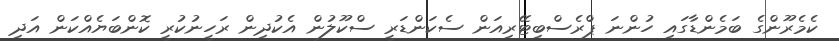
ކެމެރޫންގެ ބަމެންޑާގައި ހުންނަ ޕްރެސްބިޓޭރިއަން ސެކަންޑަރީ ސްކޫލުން އެކުދިން ރަހީނުކުރީ ކޮންބަޔެއްކަން އަދި